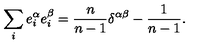
\sum _ { i } e _ { i } ^ { \alpha } e _ { i } ^ { \beta } = \frac { n } { n - 1 } \delta ^ { \alpha \beta } - \frac { 1 } { n - 1 } .